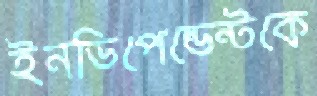
ইনডিপেন্ডেন্টকে